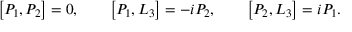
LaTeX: \left[ P _ { 1 } , P _ { 2 } \right] = 0 , \qquad \left[ P _ { 1 } , L _ { 3 } \right] = - i P _ { 2 } , \qquad \left[ P _ { 2 } , L _ { 3 } \right] = i P _ { 1 } .